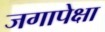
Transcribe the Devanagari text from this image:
जगापेक्षा